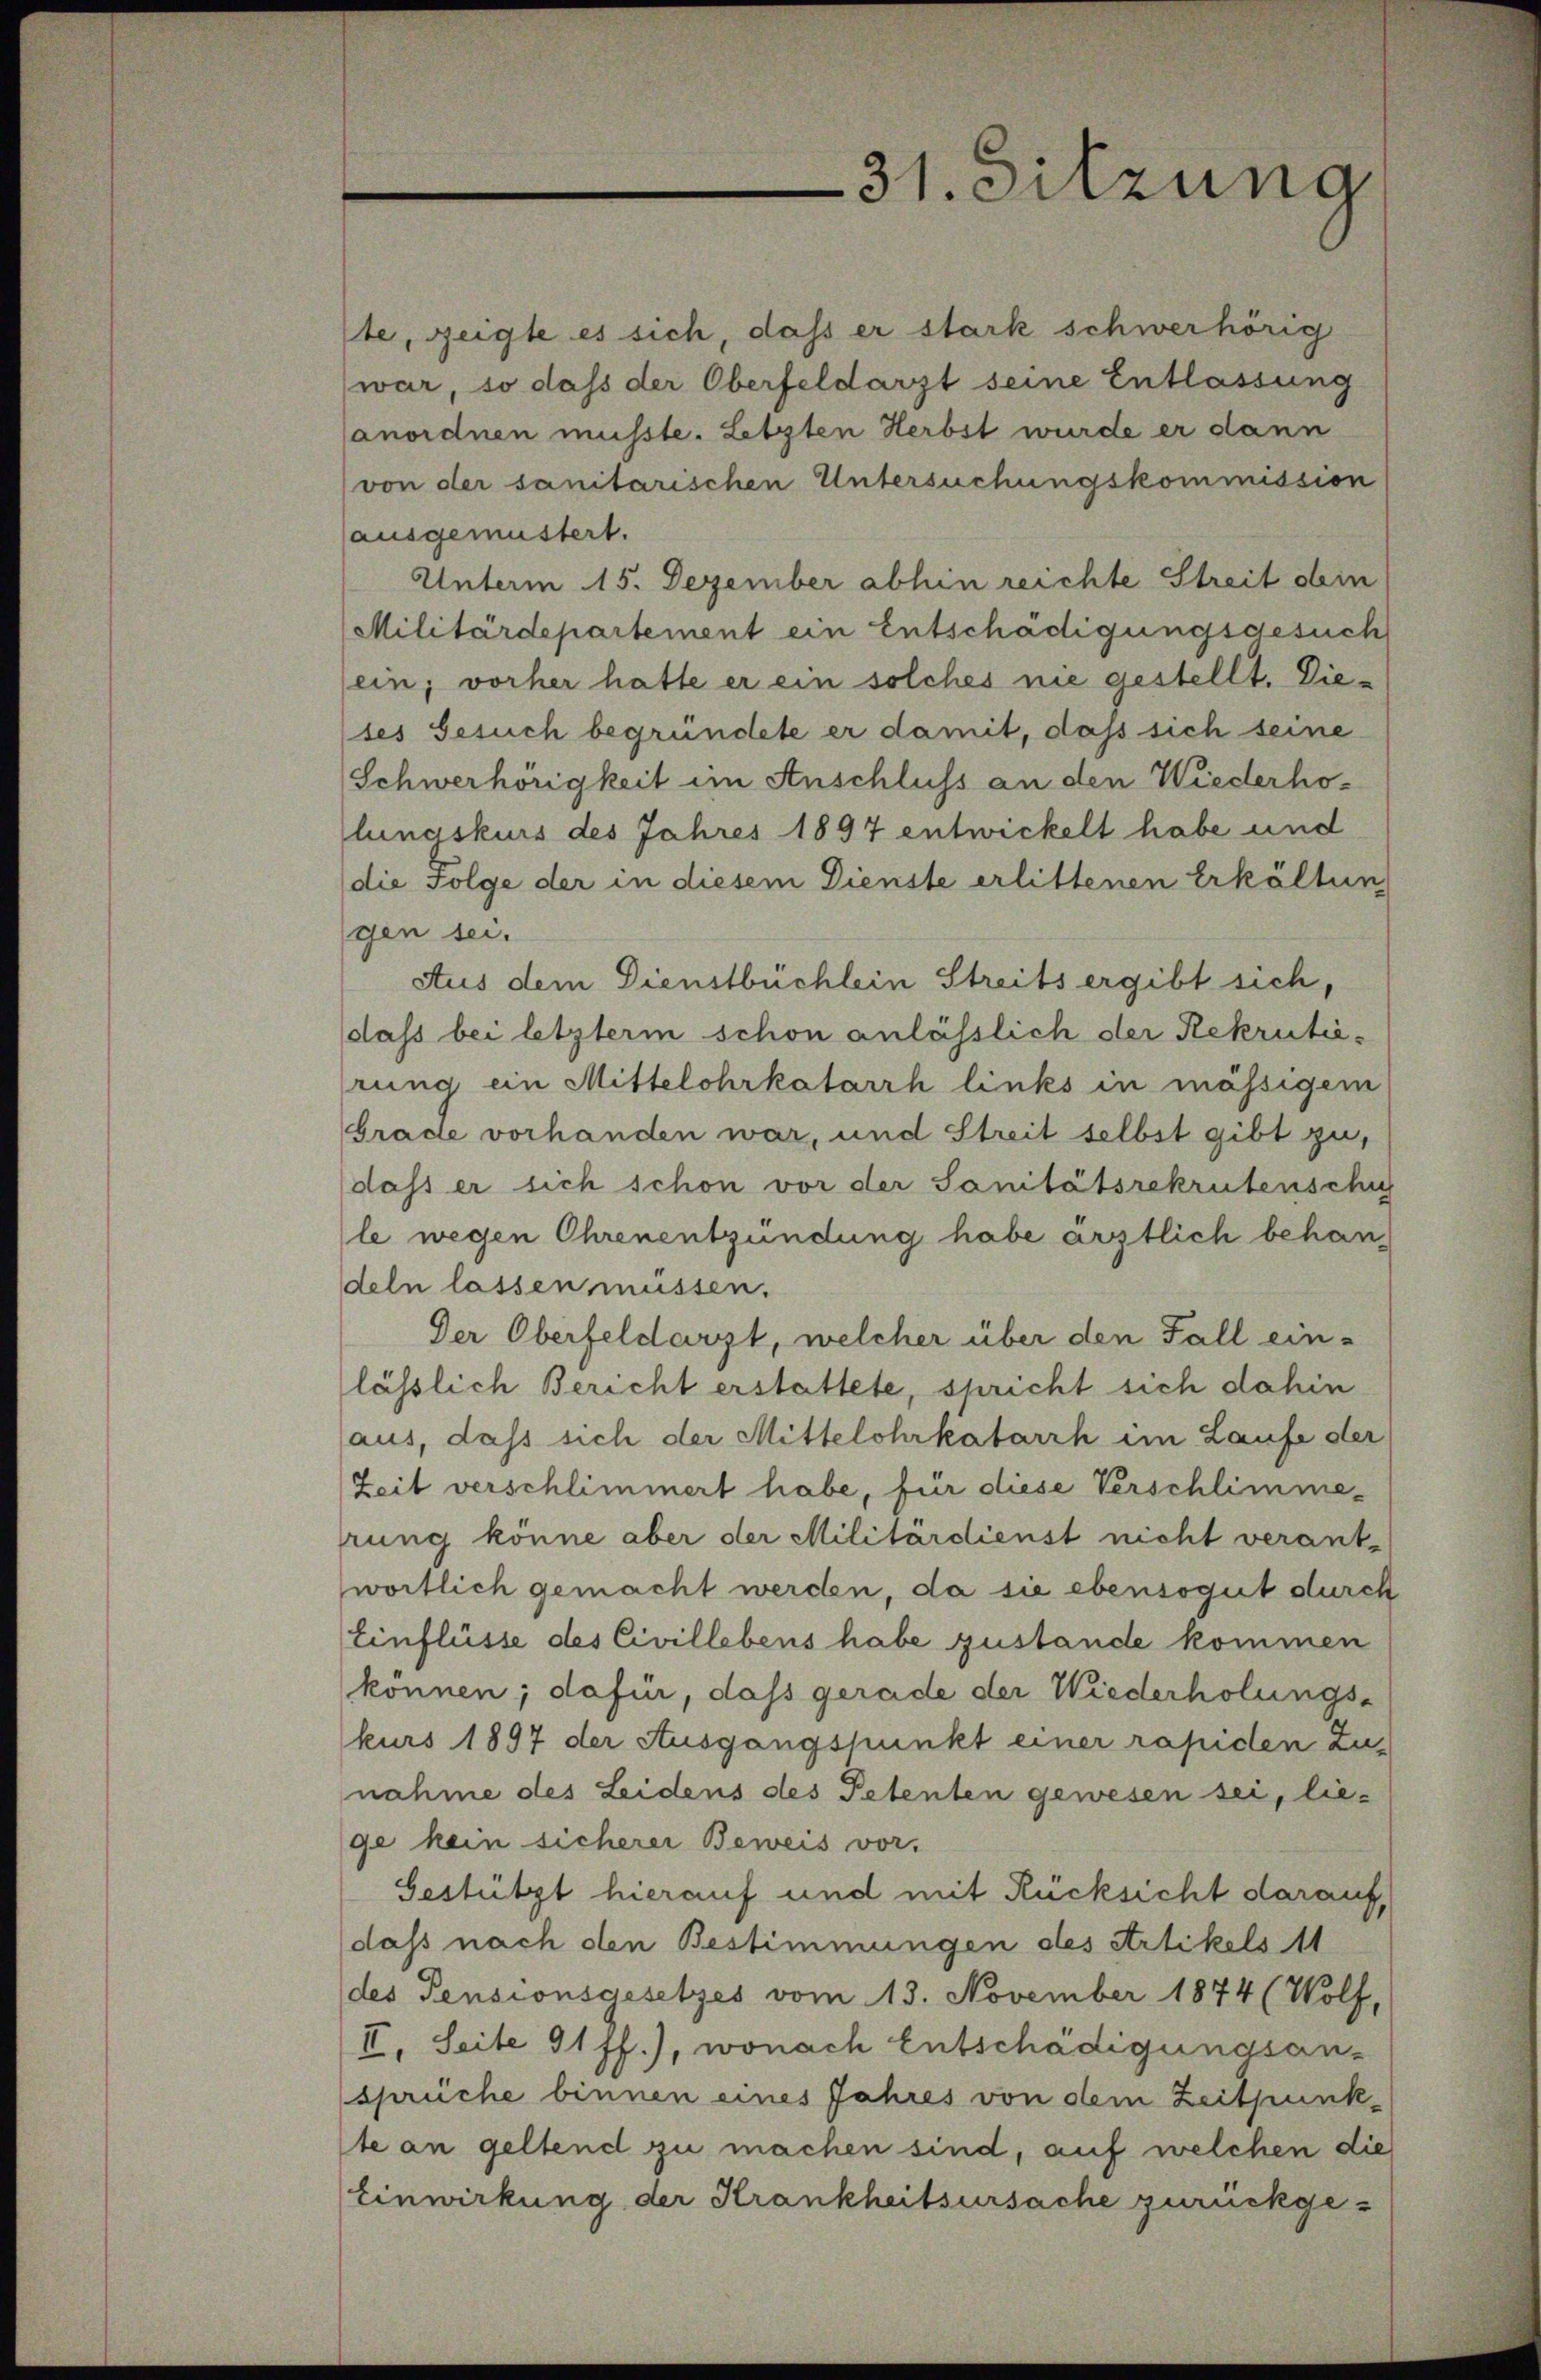
31. Sitzung

te, zeigte es sich, dass er stark schwerhörig
war, so daß der Oberfeldarzt seine Entlassung
anordnen müsste. Letzten Herbst wurde er dann
(von der sanitarischen Untersuchungskommission
ausgemustert.
Unterm 15. Dezember abhin reichte Streit obin
Militärdepartement ein Entschädigungsgesuch
ein; vorher hatte er ein solches nie gestellt. Dieses Gesuch begründete er damit, daß sich seine
Schwerhörigkeit im Anschluss an den Wiederholunaskurs des Jahres 1897 entwickelt habe und
die Folge der in diesem Dienste erlittenen Erkältun
gen sei.
Aus dem Dienstbüchlein Streits ergibt sich,
dass bei letzterm schon anlässlich der Rekrutirung ein Mittelohrkatarrh links in mässigem
Grade vorhanden war, und Streit selbst gibt zu,
dass er sich schon vor der Sanitätsrekrutenschu
le wegen Ohrenentzündung habe ärztlich behandeln lassen müssen.
Der Oberfeldarzt, welcher über den Fall einlässlich Bericht erstattete, spricht sich dahin
aus, daß sich der Mittelohrkatarrh im Laufe der
Zeit verschlimmert habe, für diese Verschlimmerung könne aber der Militärdienst nicht verant-
wortlich gemacht werden, da sie ebensogut durch
Einflüsse des Civillebens habe zustande kommen
können; dafür, dass gerade der Wiederholungskurs 1897 der Ausgangspunkt einer rapiden Zu-
nahme des Leidens des Petenten gewesen sei, liege kein sicherer Beweis vor.
Gestützt hierauf und mit Rücksicht darauf,
dass nach den Bestimmungen des Artikels 11
(des Pensionsgesetzes vom 13. November 1874 (Wolf,
II. Seite 91 ff.), wonach Entschädigungsansprüche binnen eines Jahres von dem Zeitpunkte an geltend zu machen sind, auf welchen die
Einwirkung der Krankheitsursache zurückge¬